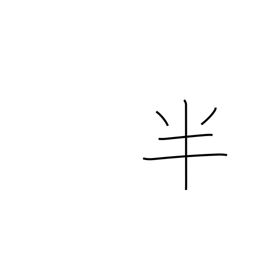
Meaning: part-